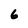
Character: 6